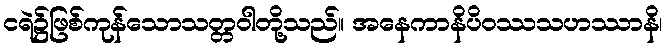
ငရဲ၌ဖြစ်ကုန်သောသတ္တဝါတို့သည်။ အနေကာနိပိဝဿသဟဿာနိ၊